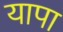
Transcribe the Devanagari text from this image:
यापा